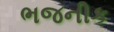
ભજનીક